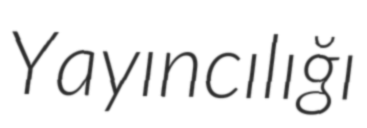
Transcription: Yayıncılığı